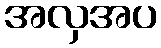
အလှအပ